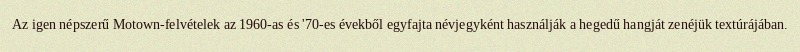
Az igen népszerű Motown-felvételek az 1960-as és '70-es évekből egyfajta névjegyként használják a hegedű hangját zenéjük textúrájában.